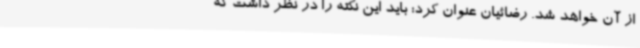
از آن خواهد شد. رضائیان عنوان کرد: باید این نکته را در نظر داشت که